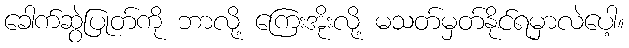
ခေါက်ဆွဲပြုတ်ကို ဘာလို့ ကြေးအိုးလို့ မသတ်မှတ်နိုင်ရမှာလဲပေါ့။